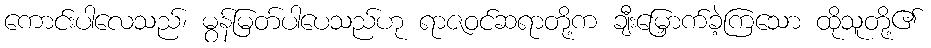
ကောင်းပါလေသည်၊ မွန်မြတ်ပါပေသည်ဟု ရာဇဝင်ဆရာတို့က ချီးမြှောက်ခဲ့ကြသော ထိုသူတို့၏